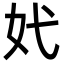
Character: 㚤